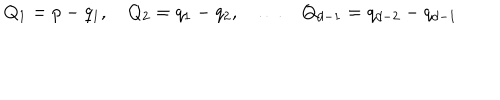
Q _ { 1 } = p - q _ { 1 } , \quad Q _ { 2 } = q _ { 1 } - q _ { 2 } , \quad \ldots \quad Q _ { d - 1 } = q _ { d - 2 } - q _ { d - 1 }